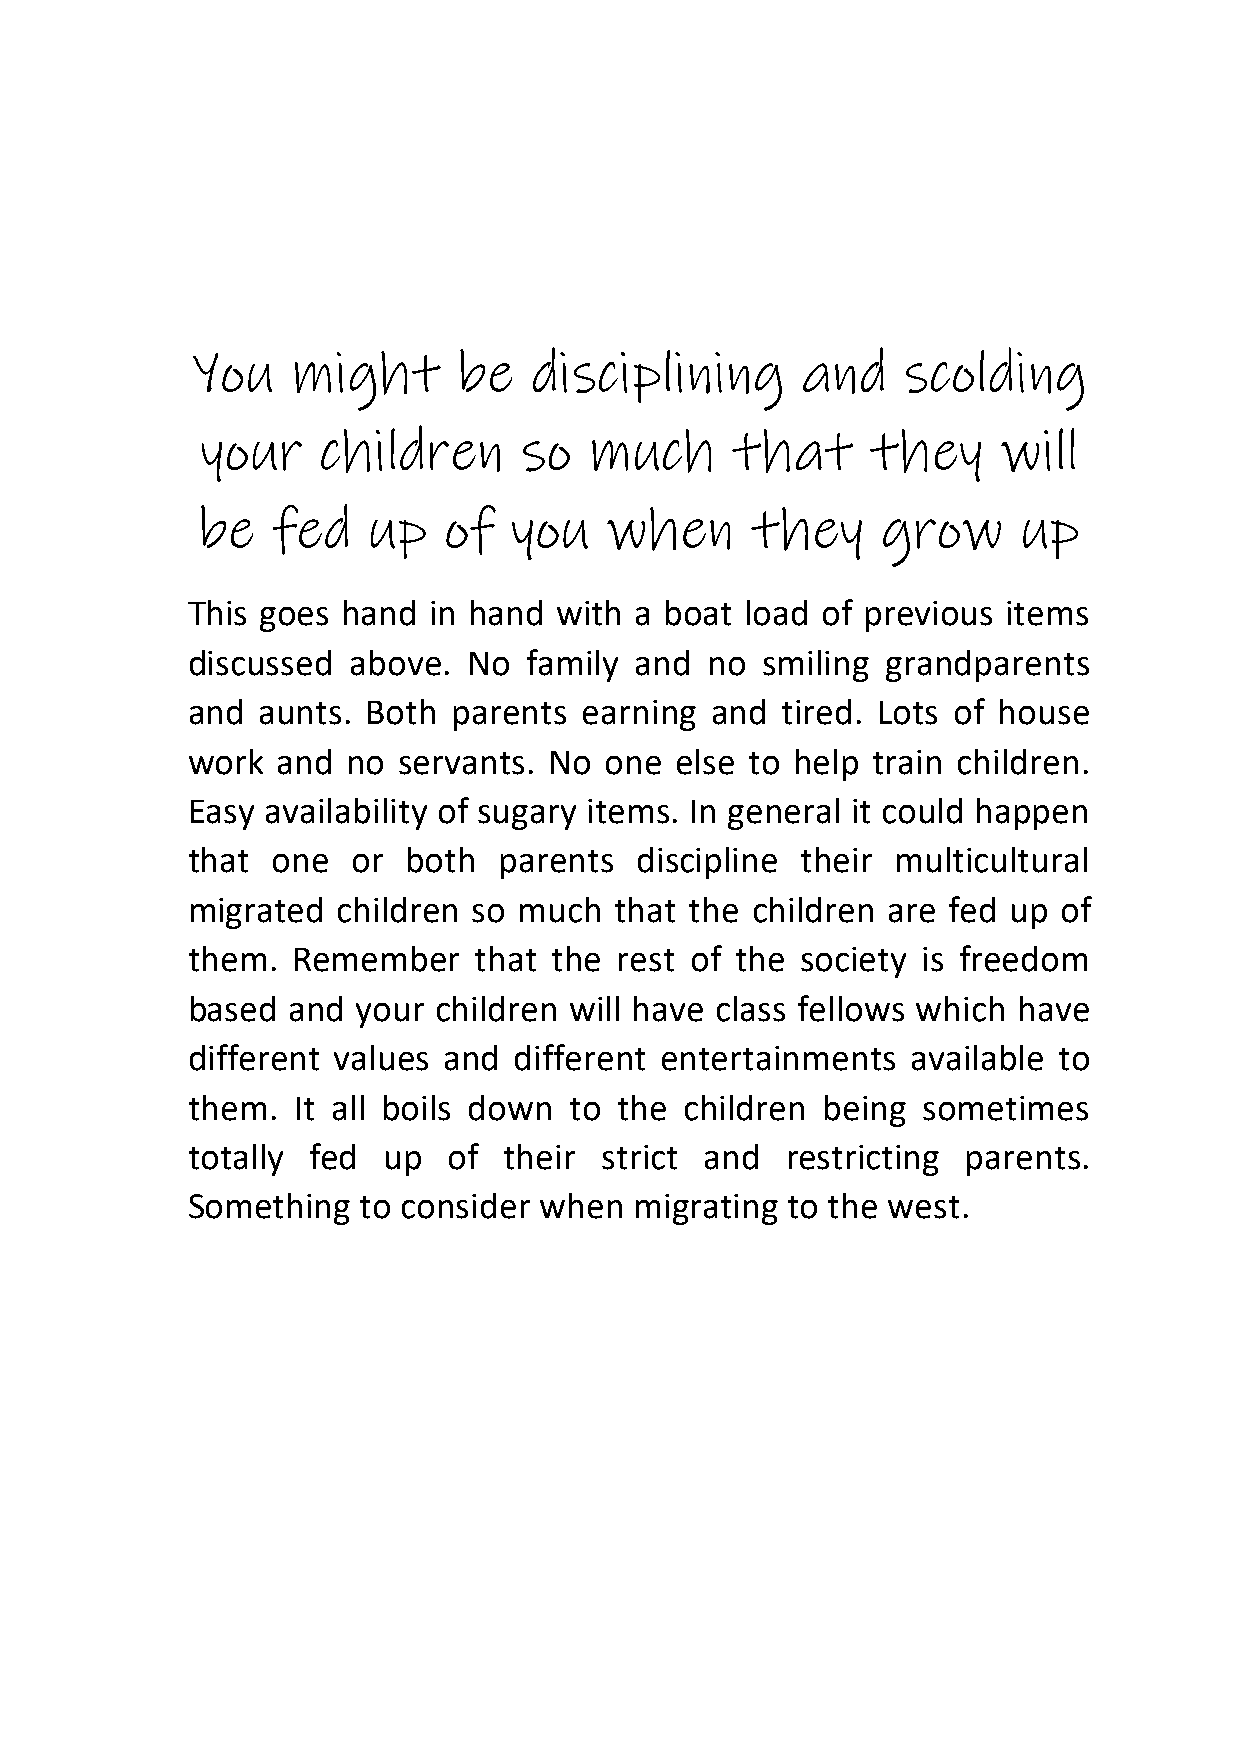
You   might      be   disciplining      and    scolding
 your    children     so   much     that      they    will
 be   fed   up   of   you   when      they    grow      up
 This goes  hand in hand  with a boat load of previous  items
 discussed  above.  No  family and  no smiling  grandparents
 and  aunts. Both  parents  earning and  tired. Lots of house
 work  and  no servants. No  one  else to help train children.
 Easy  availability of sugary items. In general it could happen
 that  one  or  both  parents  discipline their multicultural
 migrated  children so much   that the children are fed up of
 them.  Remember    that  the rest of the society is freedom
 based  and  your children will have class fellows which have
 different values and  different entertainments  available to
 them.  It all boils down  to the children being  sometimes
 totally fed  up   of their  strict and  restricting parents.
 Something   to consider when  migrating to the west.